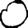
Digit: 0